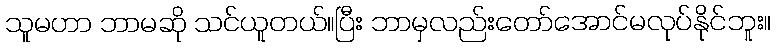
သူမဟာ ဘာမဆို သင်ယူတယ်။ပြီး ဘာမှလည်းတော်အောင်မလုပ်နိုင်ဘူး။